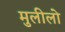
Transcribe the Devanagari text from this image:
मुलीलो